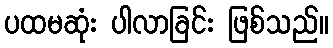
ပထမဆုံး ပါလာခြင်း ဖြစ်သည်။